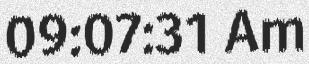
09:07:31 Am